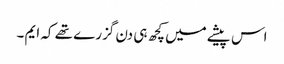
اس پیشے میں کچھ ہی دن گزرے تھے کہ ایم ۔